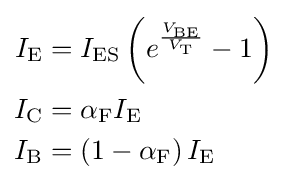
{\begin{aligned}I_{\text{E}}&=I_{\text{ES}}\left(e^{\frac {V_{\text{BE}}}{V_{\text{T}}}}-1\right)\\I_{\text{C}}&=\alpha _{\text{F}}I_{\text{E}}\\I_{\text{B}}&=\left(1-\alpha _{\text{F}}\right)I_{\text{E}}\end{aligned}}